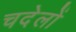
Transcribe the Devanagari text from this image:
चदेलों